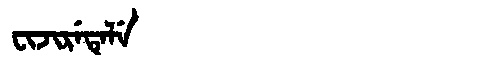
Manchu: ᠸᡳᠵᡳᡵᡝᡨᡝᠯᡝ
Romanization: FIJIRETELE